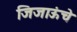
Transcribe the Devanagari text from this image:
जिजाऊंचे